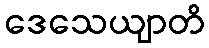
ဒေသေယျာတိ